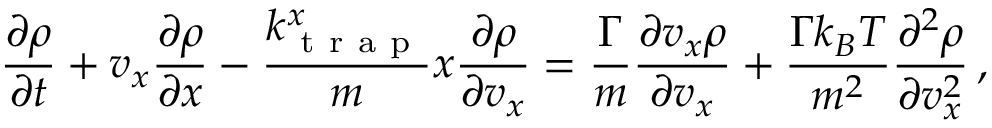
\frac { \partial \rho } { \partial t } + v _ { x } \frac { \partial \rho } { \partial x } - \frac { k _ { \mathrm { ~ t ~ r ~ a ~ p ~ } } ^ { x } } { m } x \frac { \partial \rho } { \partial v _ { x } } = \frac { \Gamma } { m } \frac { \partial v _ { x } \rho } { \partial v _ { x } } + \frac { \Gamma k _ { B } T } { m ^ { 2 } } \frac { \partial ^ { 2 } \rho } { \partial v _ { x } ^ { 2 } } \, ,